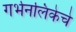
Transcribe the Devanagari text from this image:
गर्भनलिकेचे